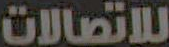
للإتصالات